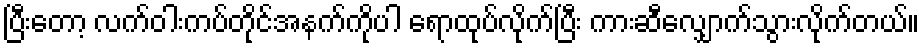
ပြီးတော့ လက်ဝါးကပ်တိုင်အနက်ကိုပါ ရောထုပ်လိုက်ပြီး ကားဆီလျှောက်သွားလိုက်တယ်။